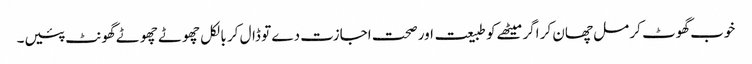
خوب گھوٹ کر مل چھان کر اگر میٹھے کو طبیعت اور صحت اجازت دے تو ڈال کر بالکل چھوٹے چھوٹے گھونٹ پئیں۔